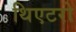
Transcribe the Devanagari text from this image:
थिएटरो